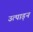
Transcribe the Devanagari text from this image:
उत्पाड़न